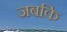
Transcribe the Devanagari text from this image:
जबकि